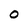
Character: 0